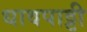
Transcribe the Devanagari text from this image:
धावपाट्टी